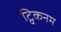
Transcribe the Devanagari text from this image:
ट्विकनम